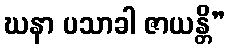
ဃနာ ပသာခါ ဇာယန္တိ”